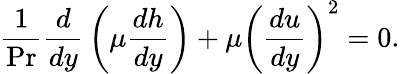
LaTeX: {\frac{1}{\mathrm{Pr}}}{\frac{d}{dy}}\left(\mu{\frac{dh}{dy}}\right)+\mu\left({\frac{du}{dy}}\right)^{2}=0.